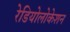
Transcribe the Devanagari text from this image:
रेडियोलोकेशन